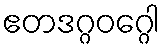
ဧတဒဂ္ဂဝဂ္ဂေါ